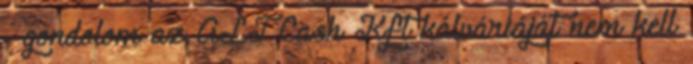
- gondolom az ALT Cash Kft kálváriáját nem kell